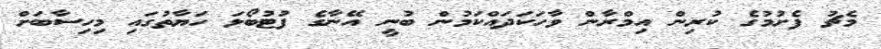
މެޗު ފެށުމުގެ ކުރިން އިމްރާން ވާހަކަދައްކަމުން ބުނީ އޭނާގެ ފުޓުބޯޅަ ހަޔާތުގައި މިހިސާބަށް